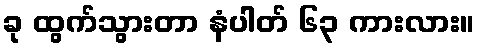
ခု ထွက်သွားတာ နံပါတ် ၆၃ ကားလား။